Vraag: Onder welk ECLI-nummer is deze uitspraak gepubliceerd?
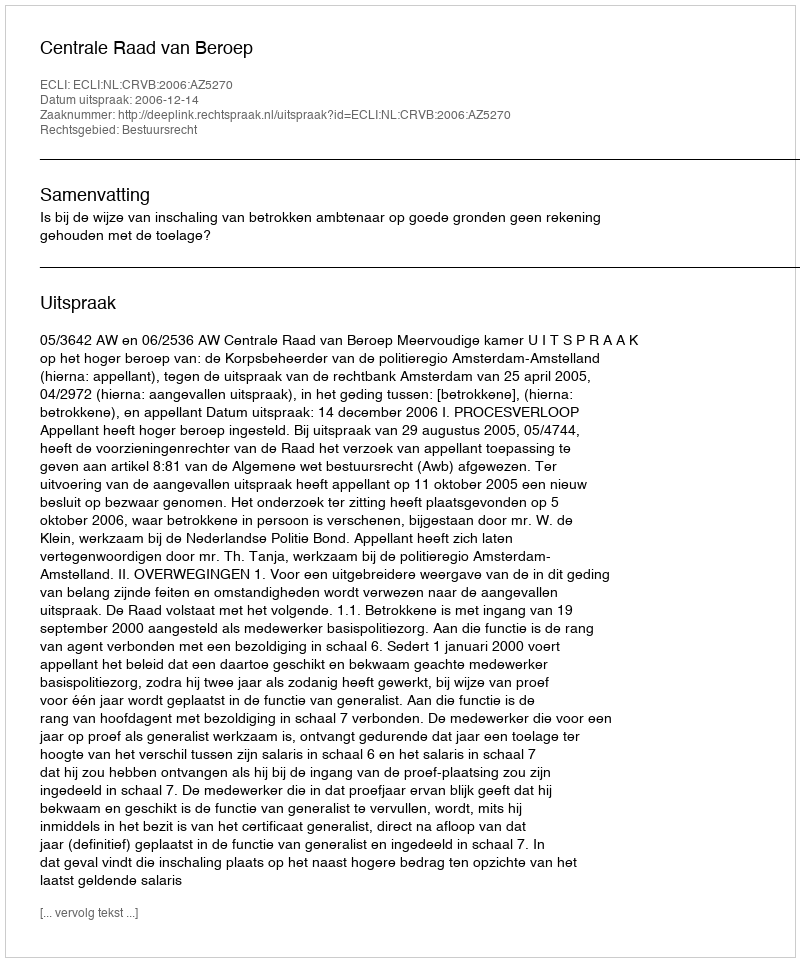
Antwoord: ECLI:NL:CRVB:2006:AZ5270